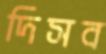
দিসব